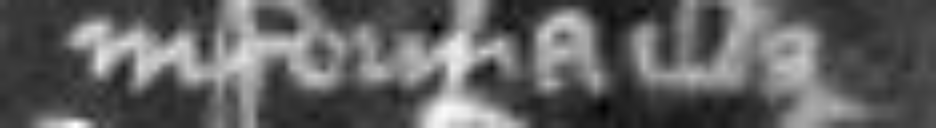
in forma illa